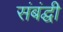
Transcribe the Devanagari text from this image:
संबंद्घी